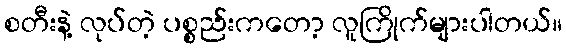
စတီးနဲ့ လုပ်တဲ့ ပစ္စည်းကတော့ လူကြိုက်များပါတယ်။